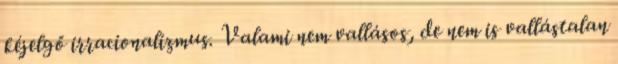
kéjelgő irracionalizmus. Valami nem vallásos, de nem is vallástalan